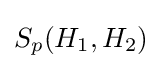
S_{p}(H_{1},H_{2})